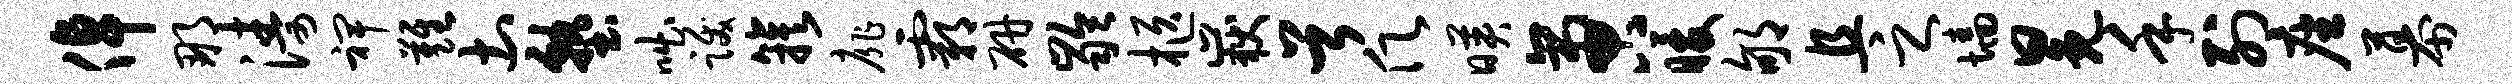
倬那涛裨难土塾咄跋簇扉霸研龄柩岳首愿映啻暖郇且之墙冕手列座幕